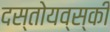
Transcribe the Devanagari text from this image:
दस्तोयव्स्की